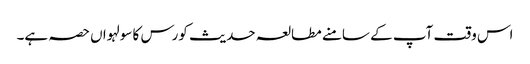
اس وقت آپ کے سامنے مطالعہ حدیث کورس کا سولہواں حصہ ہے۔